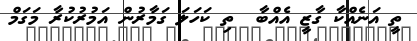
ތީ އަނެއްކާ ގާޒީ އެއްބާ  ތި ކަހަލަ ގަމާރުން އަމުރުކުރާ މަގަމް